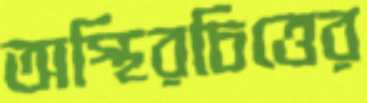
অস্থিরচিত্তের